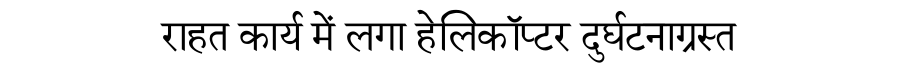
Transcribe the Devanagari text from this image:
राहत कार्य में लगा हेलिकॉप्टर दुर्घटनाग्रस्त